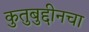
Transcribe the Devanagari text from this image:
कुतुबुद्दीनचा